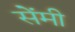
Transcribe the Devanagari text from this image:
सेेंमी